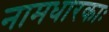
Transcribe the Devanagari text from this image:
नामधारकाः